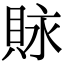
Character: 𧵾